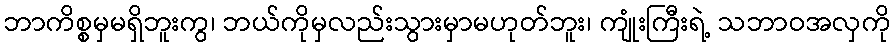
ဘာကိစ္စမှမရှိဘူးကွ၊ ဘယ်ကိုမှလည်းသွားမှာမဟုတ်ဘူး၊ ကျုံးကြီးရဲ့ သဘာဝအလှကို